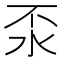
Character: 𣲮